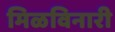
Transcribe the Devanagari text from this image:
मिळविनारी